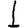
Digit: 1